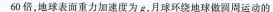
60倍，地球表面重力加速度为g，月球环绕地球做圆周运动的